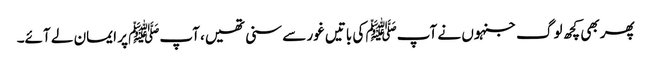
پھر بھی کچھ لوگ جنہوں نے آپﷺ کی باتیں غور سے سنی تھیں، آپﷺ پر ایمان لے آئے۔